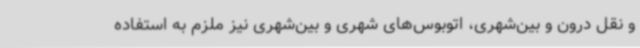
و نقل درون و بین‌شهری، اتوبوس‌های شهری و بین‌شهری نیز ملزم به استفاده